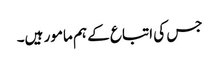
جس کی اتباع کے ہم مامور ہیں۔